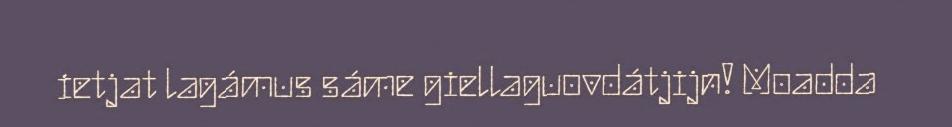
ietjat lagámus sáme giellaguovdátjijn! Moadda